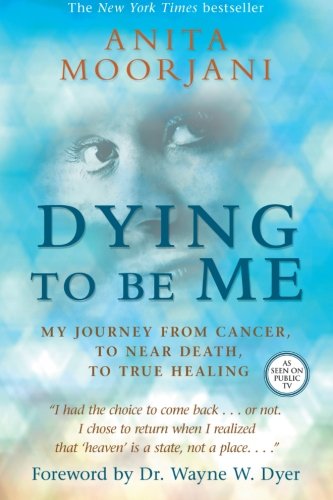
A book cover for Dying To Be Me: My Journey from Cancer, to Near Death, to True Healing; Anita Moorjani; Health, Fitness & Dieting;